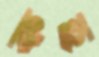
কহ